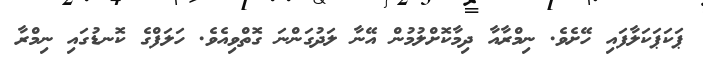
ޕަކަޕަކަލާފައި ހޭށެވެ. ނިމްރާއާ ދިމާކޮށްލުމުން އޭނާ ލަދުގަންނަ ގޮތްވިއެވެ. ހަލަފްގެ ކޮނޑުގައި ނިމްރާ